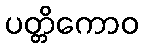
ပတ္တိကောဝ